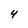
Character: 4